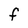
Character: f